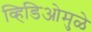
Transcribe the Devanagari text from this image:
व्हिडिओमुळे